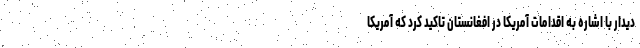
دیدار با اشاره به اقدامات آمریکا در افغانستان تاکید کرد که آمریکا